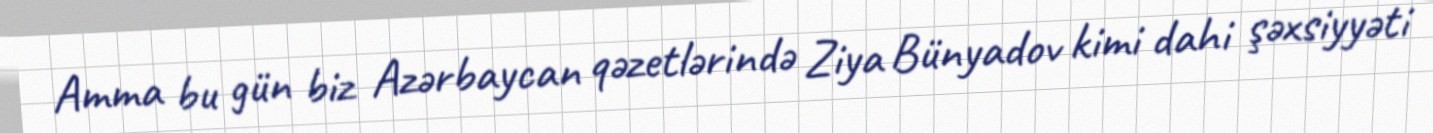
Amma bu gün biz Azərbaycan qəzetlərində Ziya Bünyadov kimi dahi şəxsiyyəti